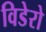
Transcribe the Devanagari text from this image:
विडेरो